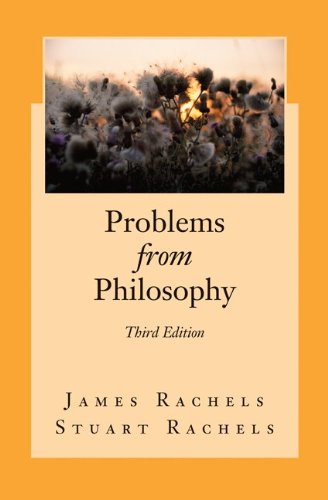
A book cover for Problems from Philosophy; James Rachels; Politics & Social Sciences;